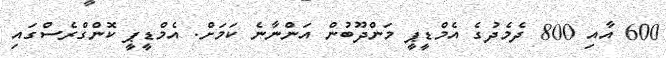
600 އާއި 800 ދެމެދުގެ އެމްޑީޕީ މަންދޫބުން އަންނާނެ ކަމަށް. އެމްޑީޕީ ކޮންގްރެސްގައި